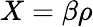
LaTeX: X=\beta\rho